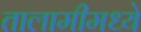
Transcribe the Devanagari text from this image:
तालामीमध्ये